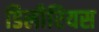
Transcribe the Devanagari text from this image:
डिलीरियस